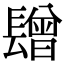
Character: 𨲯